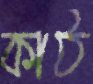
কাঠ